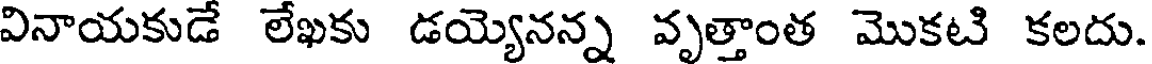
వినాయకుడే లేఖకు డయ్యెనన్న వృత్తాంత మొకటి కలదు.